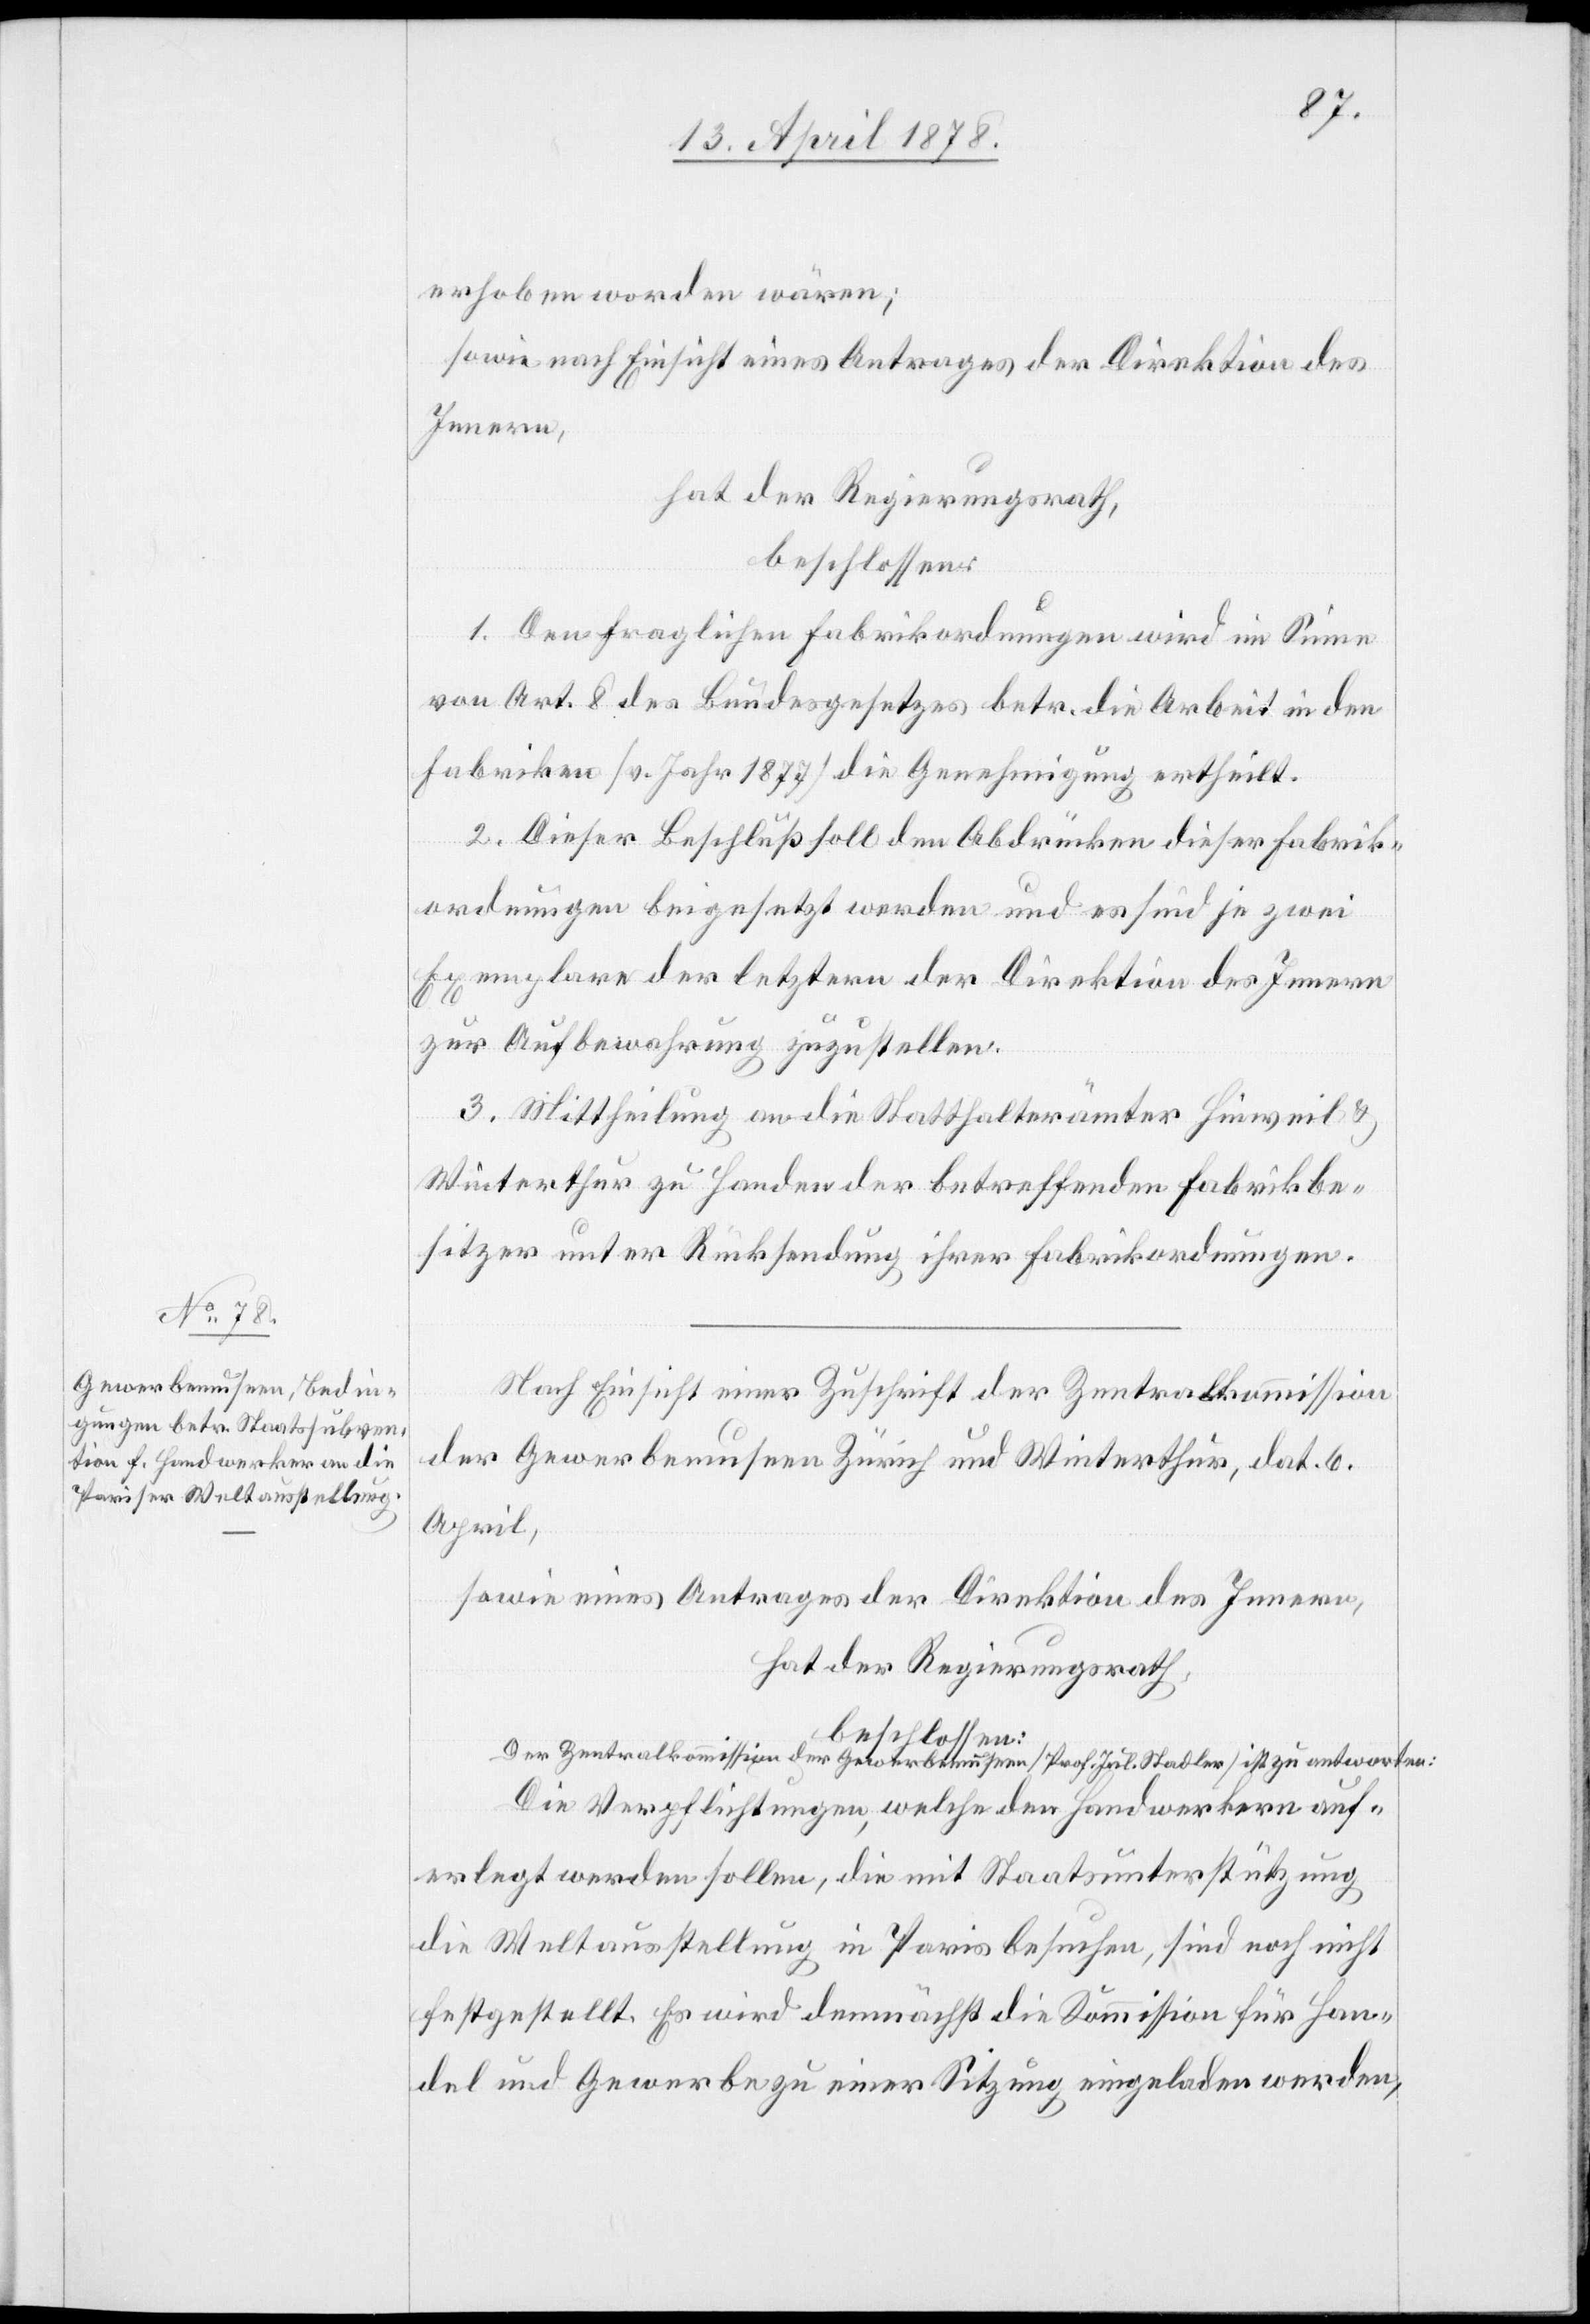
erhoben worden wären;
sowie nach Einsicht eines Antrages der Direktion des
Innern,
hat der Regierungsrath,
beschlossen:
1. Den fraglichen Fabrikordnungen wird im Sinne
von Art. 8 des Bundesgesetzes betr. die Arbeit in den
Fabriken (v. Jahr 1877) die Genehmigung ertheilt.
2. Dieser Beschluß soll den Abdrücken dieser Fabrik¬
ordnungen beigesetzt werden und es sind je zwei
Exemplare der letztern der Direktion des Innern
zur Aufbewahrung zuzustellen.
3. Mittheilung an die Statthalterämter Hinweil &
Winterthur zu Handen der betreffenden Fabrikbe¬
sitzer unter Rücksendung ihrer Fabrikordnungen.
Nach Einsicht einer Zuschrift der Zentralkommission
der Gewerbemuseen Zürich und Winterthur, dat. 6.
April,
sowie eines Antrages der Direktion des Innern,
hat der Regierungsrath,
Der Zentralkommission der Gewerbemuseen (Prof. Jul. Stadler) ist zu antworten:
Die Verpflichtungen, welche den Handwerkern auf¬
erlegt werden sollen, die mit Staatsunterstützung
die Weltausstellung in Paris besuchen, sind noch nicht
festgestellt. Es wird demnächst die Kommission für Han¬
del und Gewerbe zu einer Sitzung eingeladen werden,